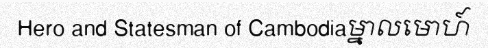
Hero and Statesman of Cambodiaម្នាលមោហ៍